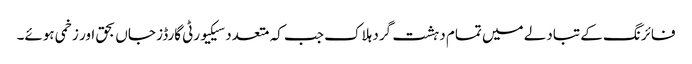
فائرنگ کے تبادلے میں تمام دہشت گرد ہلاک جب کہ متعدد سیکیورٹی گارڈز جاں بحق اور زخمی ہوئے۔